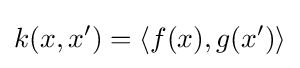
k(x,x')=\langle f(x),g(x')\rangle